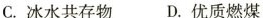
C.冰水共存物 D.优质燃煤